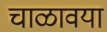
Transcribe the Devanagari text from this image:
चाळावया